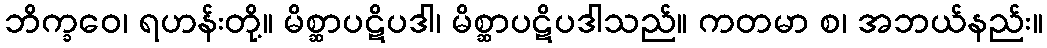
ဘိက္ခဝေ၊ ရဟန်းတို့။ မိစ္ဆာပဋိပဒါ၊ မိစ္ဆာပဋိပဒါသည်။ ကတမာ စ၊ အဘယ်နည်း။